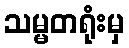
သမ္မတရုံးမှ